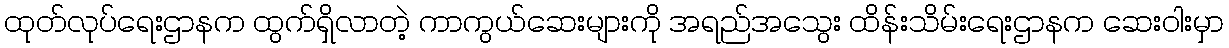
ထုတ်လုပ်ရေးဌာနက ထွက်ရှိလာတဲ့ ကာကွယ်ဆေးများကို အရည်အသွေး ထိန်းသိမ်းရေးဌာနက ဆေးဝါးမှာ